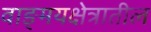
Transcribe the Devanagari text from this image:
वाङ्मयक्षेत्रातील